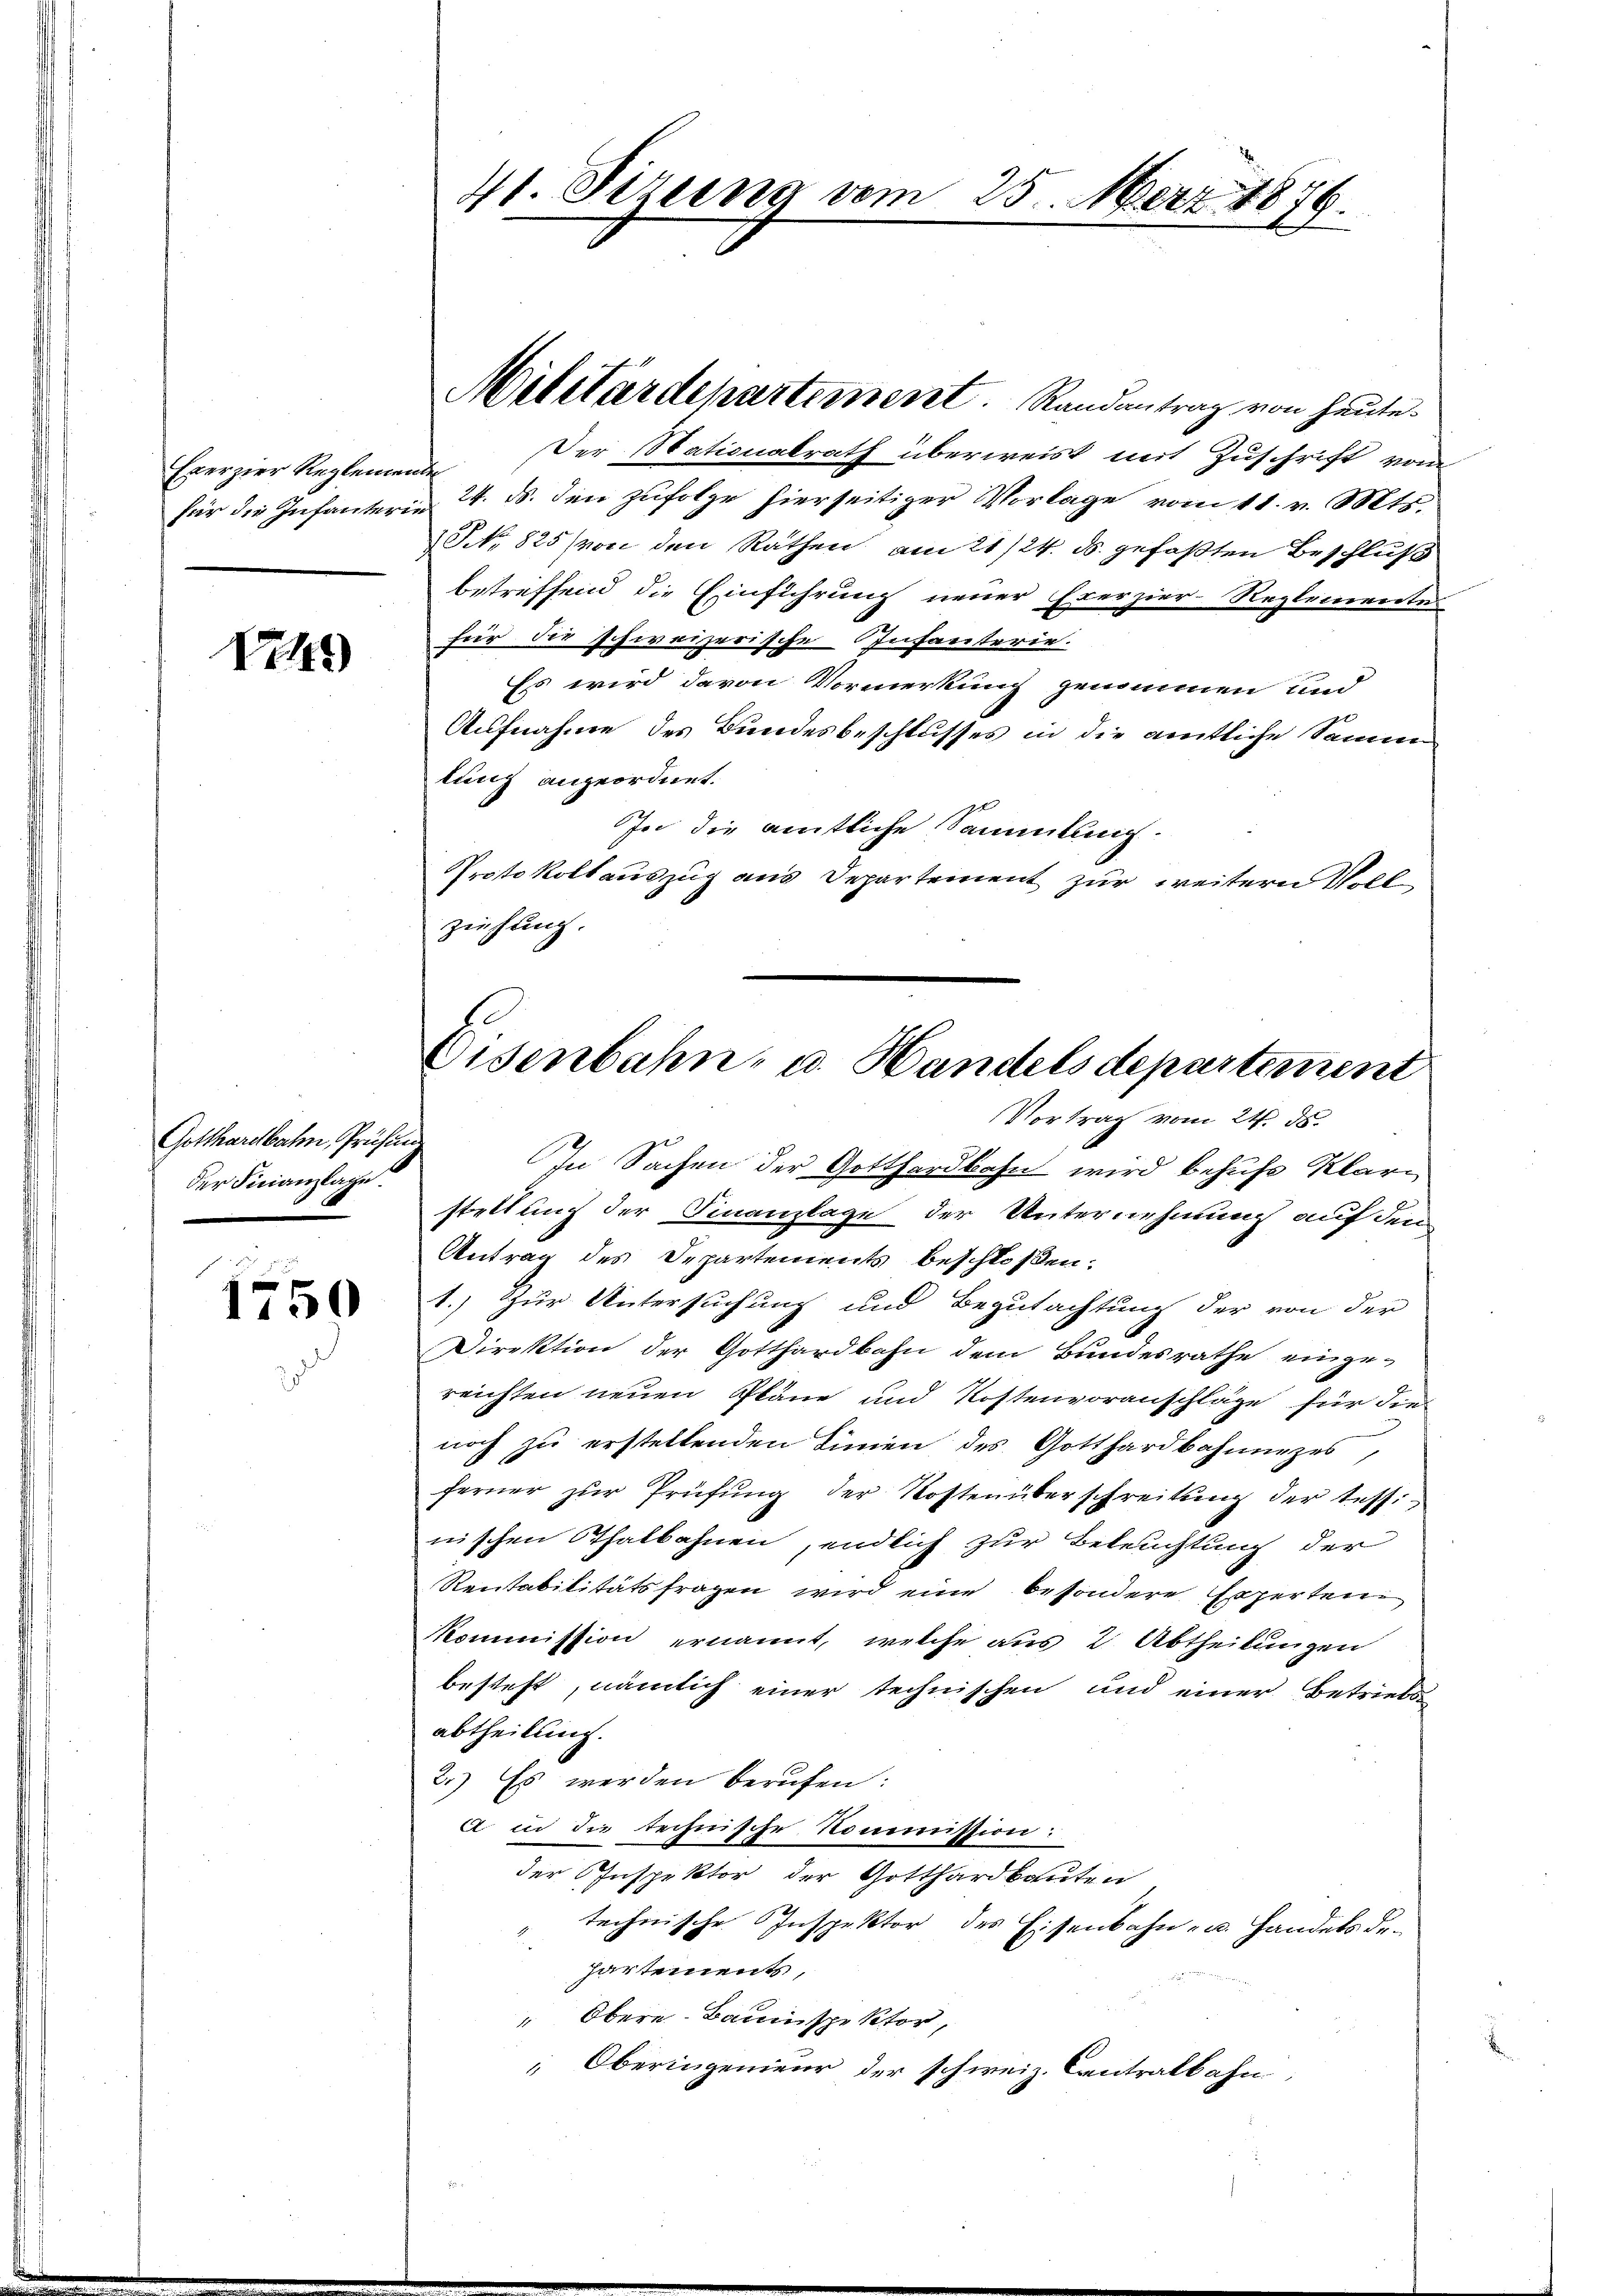
Exerzier Reglemende

Nr. 45

Gotthardbahn, Prüfung
der Finanzlage.

f
1150

41. Sizung vom 25. Merz 1876.

Militärdepartement. Randantrag von heute.
Der Stationalrath überweist mit Zuschrift vom
für die Infanterie 24. ds. den zufolge hierseitiger Vorlage vom 11. v. Mts.
J No 825 (von den Rathen am 21/24. ds. gefaßten Beschluß
betreffend die Einführung neuer Exerzier-Reglementes
fier die schweizerische Infanterie.
Es wird davon Vormerkung genommen und
Aufnahme des Bundesbeschlusses in die amtliche Samme
lung angeordnet.
In die amtliche Sammlung.
Protokollauszug aus Departement zur weitern Voll
ziehung.

Eisenbahn- u. Handelsdepartement
Vortrag vom 24. ds.

In Sachen der Gotthardbahn wird behufe Klarstellung der Finanzlage der Unternehmung auf den
Antrag des Departements beschloßen:
1.) Zur Untersuchung und Begutachtung der von der
Direktion der Gotthardbahn dem Bundesrathe eingereichten neuen Pläne und Kostenvoranschläge für die
noch zu erstellenden Linien des Gotthardbahnunges,
ferner zur Prüfung der Kostenüberschreitung der tessinischen Thalbahnen, endlich zur Beleuchtung der
Rentabilitätsfragen wird eine besondere Experten
Kommission ernannt, welche aus 2 Abtheilungen
besteht, nämlich einer technischen und einer Betriebs
abtheilung.
2.) Es werden berufen:
A in die technische Kommission:
der Inspektor der Gotthardbauten
technische Inspektor des Eisenbahn- u. Handels dehartements,
" Obere Bauinspektor,
 Oberingenieur der schweiz. Centralbahn,